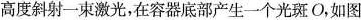
高度斜射一束激光，在容器底部产生一个光斑O，如图